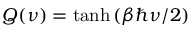
Q ( \nu ) = \operatorname { t a n h } { ( \beta \hbar \nu / 2 ) }